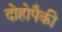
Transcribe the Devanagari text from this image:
दोहोपैकी